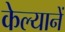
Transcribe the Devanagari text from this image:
केल्यानें